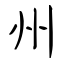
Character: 州